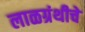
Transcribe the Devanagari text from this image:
लाळग्रंथीचे